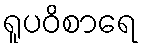
ရူပဝိစာရေ